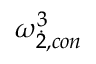
{ { \omega } } _ { \dot { 2 } , c o n } ^ { 3 }